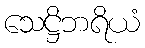
သေဋ္ဌိဘရိယံ